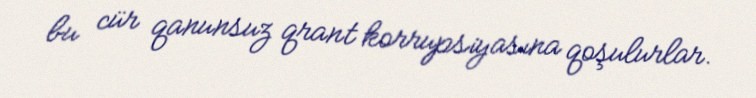
bu cür qanunsuz qrant korrupsiyasına qoşulurlar.